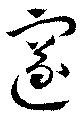
邃